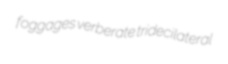
foggages verberate tridecilateral